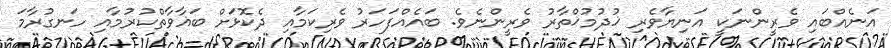
އަނެއްބައި ވެރީންނަކީ އަނިޔާވެރި ޚުދުމުޚްތާރު ވެރީންނެވެ. ބައެއްފަހަރު ވެރިކަމާއި ދެކޮޅަށް ބަޣާވާތްކުރުމާއި ހަނގުރާމަ